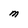
Character: M